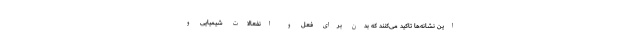
این‌ نشانه‌ها تاکید می‌کنند که بدن برای فعل و انفعالات شیمیایی و